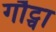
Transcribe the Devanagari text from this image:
गौट्चा